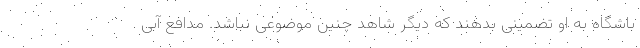
باشگاه به او تضمینی بدهند که دیگر شاهد چنین موضوعی نباشد. مدافع آبی